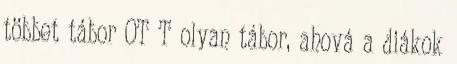
többet tábor OT T olyan tábor, ahová a diákok